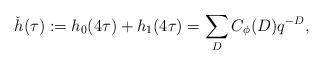
LaTeX: \begin{align*}\check h(\tau) := h_0(4\tau)+h_1(4\tau)=\sum_D C_\phi(D)q^{-D},\end{align*}